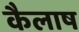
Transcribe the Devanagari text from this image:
कैलाष